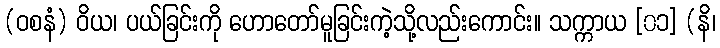
(ဝစနံ) ဝိယ၊ ပယ်ခြင်းကို ဟောတော်မူခြင်းကဲ့သို့လည်းကောင်း။ သက္ကာယ [၀၁] (နိ၊